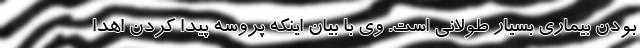
بودن بیماری بسیار طولانی است. وی با بیان اینکه پروسه پیدا کردن اهدا